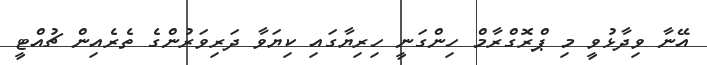
އޭނާ ވިދާޅުވީ މި ޕްރޮގްރާމް ހިންގަނީ ހިރިޔާގައި ކިޔަވާ ދަރިވަރުންގެ ތެރެއިން ޗުއްޓީ